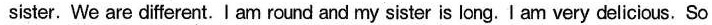
sister. We are different. I am round and my sister is long. I am very delicious. So